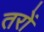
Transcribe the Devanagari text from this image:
तरों